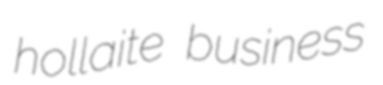
hollaite business